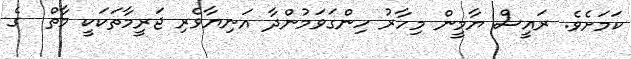
ކަމަށެވެ. ރައީސް ޔާމީން މިހާރު ހިންގަވަމުންދާ އަނިޔާވެރި ޖަރީމާތަކަކީ މާތް  ގެ